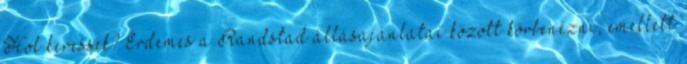
Hol keressek? Érdemes a Randstad állásajánlatai között körbenézni, emellett